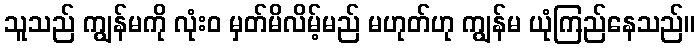
သူသည် ကျွန်မကို လုံးဝ မှတ်မိလိမ့်မည် မဟုတ်ဟု ကျွန်မ ယုံကြည်နေသည်။